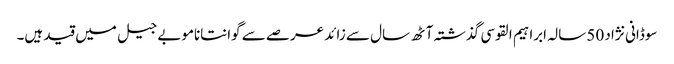
سوڈانی نژاد 50 سالہ ابراہیم القوسی گذشتہ آٹھ سال سے زائد عرصے سے گوانتاناموبے جیل میں قید ہیں۔